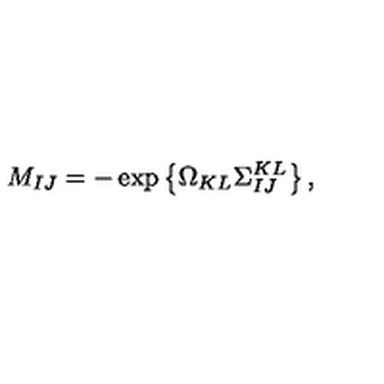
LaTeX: M _ { I J } = - \exp \left\{ \Omega _ { K L } \Sigma _ { I J } ^ { K L } \right\} ,